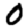
Digit: 0